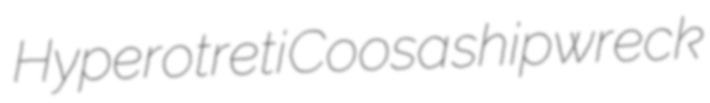
Hyperotreti Coosa shipwreck